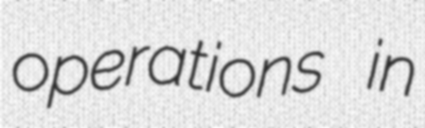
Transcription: operations in